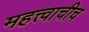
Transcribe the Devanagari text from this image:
महत्त्वाचीच